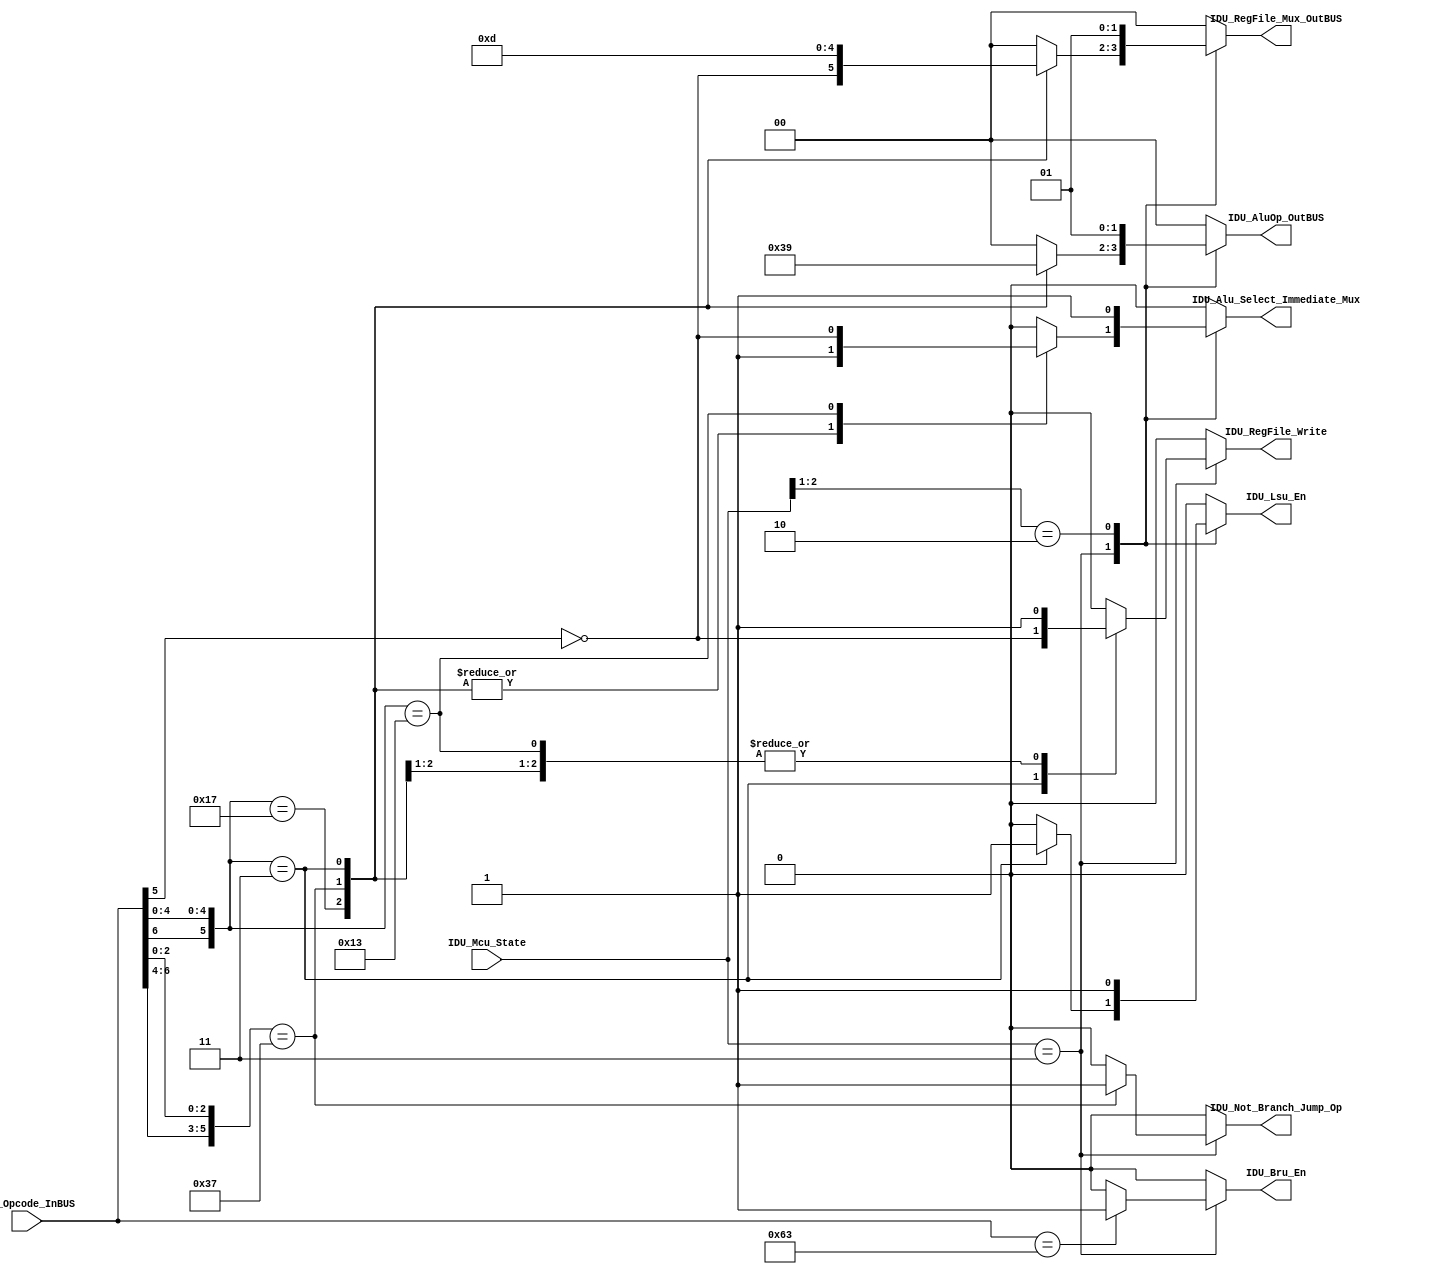
/*#########################################################################
//# Instruction decode unit
//#########################################################################
//#
//# Copyright (C) 2021 Jose Maria Jaramillo Hoyos
//# 
//# This program is free software: you can redistribute it and/or modify
//# it under the terms of the GNU General Public License as published by
//# the Free Software Foundation, either version 3 of the License, or
//# (at your option) any later version.
//#
//# This program is distributed in the hope that it wIDU_Opcode_InBUSill be useful,
//# but WITHOUT ANY WARRANTY; without even the implied warranty of
//# MERCHANTABILITY or FITNESS FOR A PARTICULAR PURPOSE.  See the
//# GNU General Public License for more details.
//#
//# You should have received a copy of the GNU General Public License
//# along with this program.  If not, see <https://www.gnu.org/licenses/>.
//#
//########################################################################*/

module IDU(

//// inputs ////
IDU_Opcode_InBUS,
IDU_Mcu_State,

//// outputs ////

IDU_Not_Branch_Jump_Op,
IDU_RegFile_Mux_OutBUS,
IDU_RegFile_Write,
IDU_AluOp_OutBUS,
IDU_Bru_En,
IDU_Alu_Select_Immediate_Mux,
IDU_Lsu_En

);

//============================================================
//  PORT DECLARATIONS
//============================================================

input [6:0] IDU_Opcode_InBUS;
input [2:0] IDU_Mcu_State;
output reg IDU_Not_Branch_Jump_Op;
output reg[1:0] IDU_RegFile_Mux_OutBUS;
output reg IDU_RegFile_Write;
output reg[1:0] IDU_AluOp_OutBUS;
output reg IDU_Bru_En;
output reg IDU_Alu_Select_Immediate_Mux;
output reg IDU_Lsu_En;

//==============================================
// OPCODES DEFINITION
// ==============================================
// 8'b0110111: LUI
// 8'b0010111: AUIPC
// 8'b1101111: JAL
// 8'b1100111: JALR
// 8'b1100011: TYPE-B
// 8'b0000011: LB,LH,LW,LBU,LHU
// 8'b0100011: SB,SH,SW
// 8'b0010011: ADDI,SLTI,SLTIU,XORI,ORI,ANDI,SLLI,SRLI,SRAI
// 8'b0110011: TYPE-R
// ==============================================

//============================================================
//  PARAMETER DECLARATIONS
//============================================================

localparam LUI_AUIPC = 7'b0?10111; 
localparam JAL_JALR  = 7'b110?111;
localparam TYPE_B    = 7'b1100011;
localparam LS 			= 7'b0?00011;
localparam RI        = 7'b0?10011;

localparam [2:0] State_Exec	               = 3'b011;
localparam [2:0] State_Wait_Valid_Ready   	= 3'b10?;


//=======================================================
//  REG/WIRE DECLARATIONS
//=======================================================

wire Lui_Store_TypeR_Op ;

//============================================================
// COMBINATIONAL LOGIC
//============================================================

always@(IDU_Opcode_InBUS,IDU_Mcu_State,Lui_Store_TypeR_Op)
begin

	casez(IDU_Mcu_State)
	
		State_Exec:
		begin
		
			casez(IDU_Opcode_InBUS)
			
				LUI_AUIPC:
				begin
					IDU_Not_Branch_Jump_Op = 1'b0;
					IDU_RegFile_Mux_OutBUS = {~Lui_Store_TypeR_Op,1'b0}; 
					IDU_RegFile_Write = 1'b1;
					IDU_AluOp_OutBUS = 2'b11;
					IDU_Bru_En = 1'b0;
					IDU_Alu_Select_Immediate_Mux = 1'b1;
					IDU_Lsu_En = 1'b0;	
				end
		
				JAL_JALR:
				begin
		 
					IDU_Not_Branch_Jump_Op = 1'b1;
					IDU_RegFile_Mux_OutBUS = 2'b11;
					IDU_RegFile_Write = 1'b1;
					IDU_AluOp_OutBUS = 2'b10;
					IDU_Bru_En = 1'b0;
					IDU_Alu_Select_Immediate_Mux = 1'b1;
					IDU_Lsu_En = 1'b0;	
				end
		
				TYPE_B:
				begin
		 
					IDU_Not_Branch_Jump_Op = 1'b0;
					IDU_RegFile_Mux_OutBUS = 2'b00;
					IDU_RegFile_Write = 1'b0;
					IDU_AluOp_OutBUS = 2'b00;
					IDU_Bru_En = 1'b1;
					IDU_Alu_Select_Immediate_Mux = 1'b0;
					IDU_Lsu_En = 1'b0;	
				end
		
				LS:	
				begin
					IDU_Not_Branch_Jump_Op = 1'b0;
					IDU_RegFile_Mux_OutBUS = 2'b01;
					IDU_RegFile_Write = ~Lui_Store_TypeR_Op;
					IDU_AluOp_OutBUS = 2'b01;
					IDU_Bru_En = 1'b0;
					IDU_Alu_Select_Immediate_Mux = 1'b1;
					IDU_Lsu_En = 1'b1;	
				end
	
				RI:
				begin
					IDU_Not_Branch_Jump_Op = 1'b0;
					IDU_RegFile_Mux_OutBUS = 2'b00;
					IDU_RegFile_Write = 1'b1;
					IDU_AluOp_OutBUS = 2'b00;
					IDU_Bru_En = 1'b0;
					IDU_Alu_Select_Immediate_Mux = ~Lui_Store_TypeR_Op;
					IDU_Lsu_En = 1'b0;	
				end
		
				default:
				begin
					IDU_Not_Branch_Jump_Op = 1'b0;
					IDU_RegFile_Mux_OutBUS = 2'b00;
					IDU_RegFile_Write = 1'b0;
					IDU_AluOp_OutBUS = 2'b00;
					IDU_Bru_En = 1'b0;
					IDU_Alu_Select_Immediate_Mux = 1'b0;
					IDU_Lsu_En = 1'b0;	
				end
			endcase
		end
		
		
		State_Wait_Valid_Ready:
		begin
			IDU_Not_Branch_Jump_Op = 1'b0;
			IDU_RegFile_Mux_OutBUS = 2'b01;
			IDU_RegFile_Write = 1'b0;
			IDU_AluOp_OutBUS = 2'b01;
			IDU_Bru_En = 1'b0;
			IDU_Alu_Select_Immediate_Mux = 1'b1;
			IDU_Lsu_En = 1'b1;	
		end
		
		default:
		begin
			IDU_Not_Branch_Jump_Op = 1'b0;
			IDU_RegFile_Mux_OutBUS = 2'b00;
			IDU_RegFile_Write = 1'b0;
			IDU_AluOp_OutBUS = 2'b00;
			IDU_Bru_En = 1'b0;
			IDU_Alu_Select_Immediate_Mux = 1'b0;
			IDU_Lsu_En = 1'b0;	
		end
	
	endcase
	
	
end


assign Lui_Store_TypeR_Op   = IDU_Opcode_InBUS[5];



endmodule